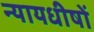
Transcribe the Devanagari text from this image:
न्यायधीषों